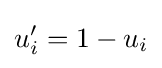
u'_{i}=1-u_{i}